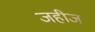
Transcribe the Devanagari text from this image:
जहीज